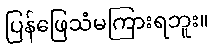
ပြန်ဖြေသံမကြားရဘူး။